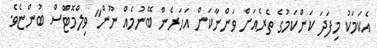
އެކަމަކު މިފަދަ ކަންކަމުގެ ތެރެއަށް ވަންނާކަށް އަހަރެން ބޭނުމެއް ނޫން" ވިލްމޮޓްސް ބުންޏެވެ.